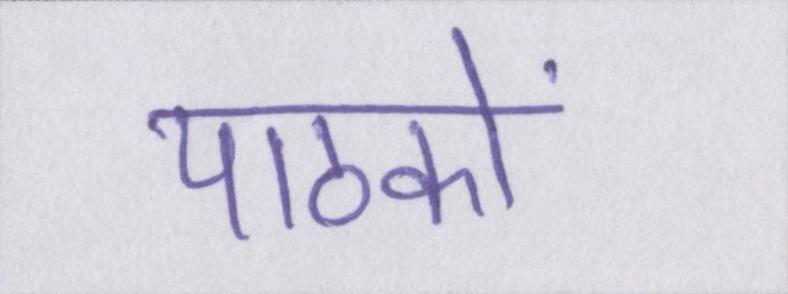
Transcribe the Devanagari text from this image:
पाठकों